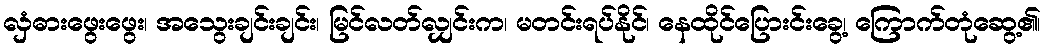
လှံဓားဖွေးဖွေး၊ အသွေးချင်းချင်း၊ မြင်လတ်လျှင်းက၊ မတင်းရပ်နိုင်၊ နေထိုင်ပြေားင်းခွေ့၊ ကြောက်တုံဆွေ့၏၊